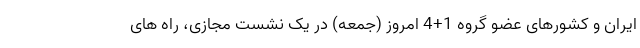
ایران و کشورهای عضو گروه 1+4 امروز (جمعه) در یک نشست مجازی، راه های